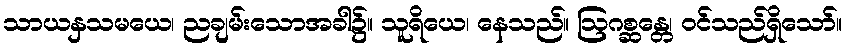
သာယနှသမယေ၊ ညချမ်းသောအခါ၌။ သူရိယေ၊ နေသည်။ ဩဂစ္ဆန္တေ၊ ဝင်သည်ရှိသော်။